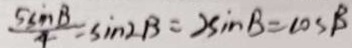
\frac { 5 \sin B } { 4 } = \sin 2 B = 2 \sin B = \cos \beta